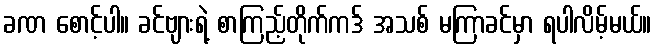
ခဏ စောင့်ပါ။ ခင်ဗျားရဲ့ စာကြည့်တိုက်ကဒ် အသစ် မကြာခင်မှာ ရပါလိမ့်မယ်။